Annual report on the working of the mental hospitals in the Madras Presidency - 1912-1932
Year: 1912
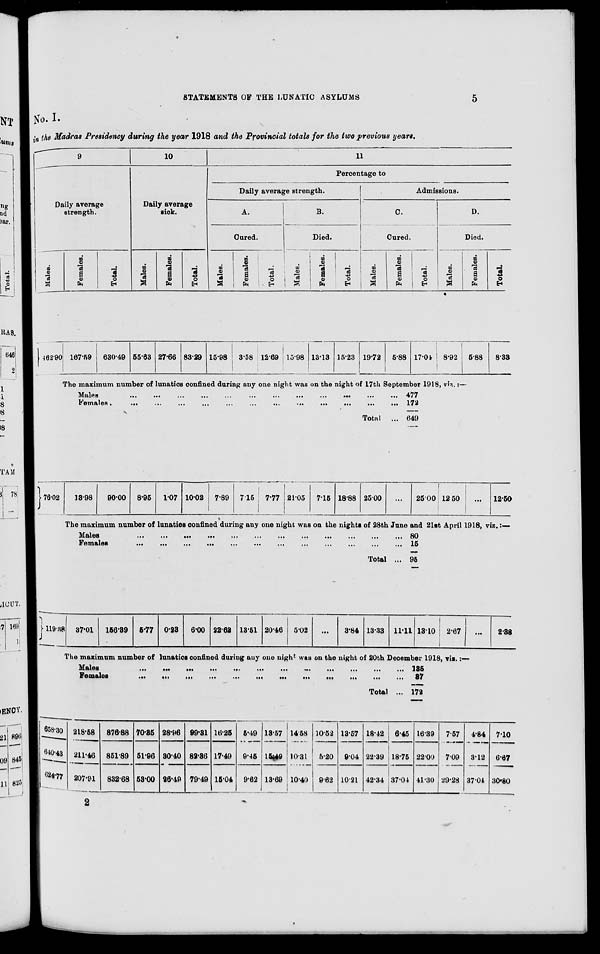
STATEMENTS OF THE LUNATIC ASYLUMS
5
No. I.
in the Madras Presidency during the year 1918 and the Provincial totals for the two previous years.
9
Daily average
strength.
Males.
Females.
Total.
10
Daily average
sick.
Males.
Females.
Total.
11
Percentage to
Daily average strength.
A.
Cured.
Males.
Females.
Total.
B.
Died.
Males.
Females.
Total.
Admissions.
C.
Cured.
Males.
Females.
Total.
D.
Died.
Males.
Females.
Total.
462.90 167.59
630.49 55.63 27.66 83.29 15.98
3.58 12.69 15.98 13.13 15.23 19.72 5.88 17.04 8.92
5.88
8.33
The maximum number of lunatics confined during any one night was on the night of 17th September 1918, viz. :—
Males
...
...
...
...
...
...
...
...
...
...
...
...
Females
...
...
...
...
...
...
...
...
...
...
...
...
Total ...
477
172
649
76.02
13.98
90.00 8.95
1.07 10.02 7.89
7.15 7.77 21.05 7.15 18.88 25.00 ... 25.00 12.50
...
12.50
The maximum number of lunatics confined during any one night was on the nights of 28th June and 21st April 1918, viz.:—
Males ... ... ... ... ... ... ... ... ... ... ... ...
Females
...
...
...
...
...
...
...
...
...
...
...
...
Total ...
80
15
95
119.38 37.01 156.39 5.77 0.23
6.00 22.62 13.51 20.46 5.02
...
3.84 13.33 11.11 13.10 2.67
...
2.38
The maximum number of lunatics confined during any one night was on the night of 20th December 1918, viz. :—
Males
...
...
...
...
...
...
...
...
...
...
...
...
Females
...
...
...
...
...
...
...
...
...
...
...
...
Total ...
135
37
172
658.30
640.43
624.77
218.58
211.46
207.91
876.88
851.89
832.68
70.35
51.96
53.00
28.96
30.40
26.49
99.31
82.36
79.49
16.25
17.49
15.04
5.49
9.45
9.62
13.57
15.49
13.69
14.58
10.31
10.40
10.52
5.20
9.62
13.57
9.04
10.21
18.42
22.39
42.34
6.45
18.75
37.04
16.39
22.00
41.30
7.57
7.09
29.28
4.84
3.12
37.04
7.10
6.67
30.80
2